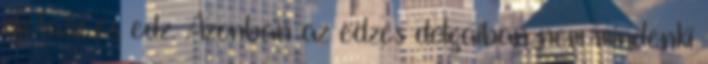
diétázz és edz. Azonban az edzés dolgaiban nem mindenki